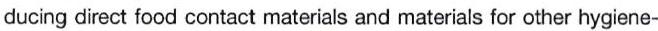
ducing direct food contact materials and materials for other hygiene-